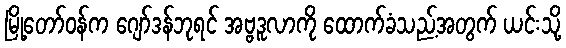
မြို့တော်ဝန်က ဂျော်ဒန်ဘုရင် အဗ္ဗဒူလာကို ထောက်ခံသည့်အတွက် ယင်းသို့